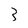
Character: 3